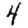
Digit: 4